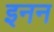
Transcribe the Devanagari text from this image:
इनन